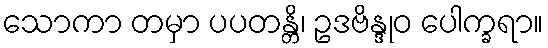
သောကာ တမှာ ပပတန္တိ၊ ဥဒဗိန္ဒုဝ ပေါက္ခရာ။